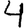
Digit: 4